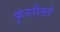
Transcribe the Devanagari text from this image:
कुस्तीतले